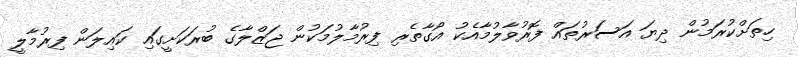
ހިތަށްކުރަމުން ދިޔަ އަސަރުތައް ފޮރުވާލުމާއެކު އޯގާތެރި ފިރުމާލުމަކުން ޖަޒްލާގެ ބުރަކަށީގައި ކައިލަން ފިރުމާލީ